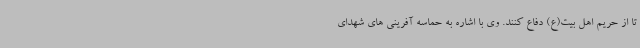
تا از حریم اهل بیت(ع) دفاع کنند. وی با اشاره به حماسه آفرینی های شهدای